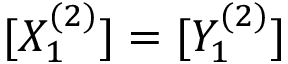
[ X _ { 1 } ^ { ( 2 ) } ] = [ Y _ { 1 } ^ { ( 2 ) } ]